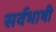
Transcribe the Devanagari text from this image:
सर्वभाषी